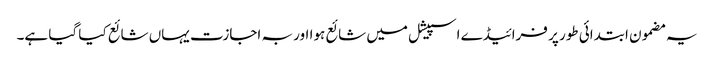
یہ مضمون ابتدائی طور پر فرائیڈے اسپیشل میں شائع ہوا اور بہ اجازت یہاں شائع کیا گیا ہے۔